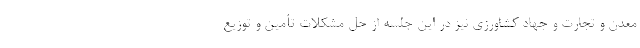
معدن و تجارت و جهاد کشاورزی نیز در این جلسه از حل مشکلات تأمین و توزیع